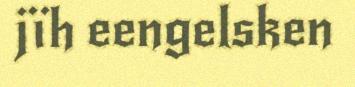
jïh eengelsken